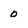
Character: 0